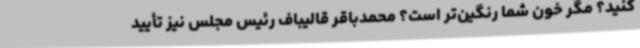
کنید؟ مگر خون شما رنگین‌تر است؟ محمدباقر قالیباف رئیس مجلس نیز تأیید